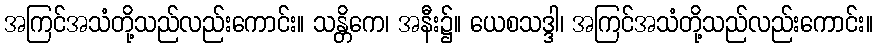
အကြင်အသံတို့သည်လည်းကောင်း။ သန္တိကေ၊ အနီး၌။ ယေစသဒ္ဒါ၊ အကြင်အသံတို့သည်လည်းကောင်း။